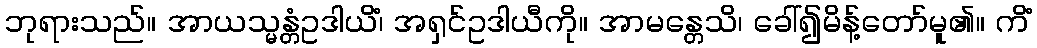
ဘုရားသည်။ အာယသ္မန္တံဥဒါယိံ၊ အရှင်ဥဒါယီကို။ အာမန္တေသိ၊ ခေါ်၍မိန့်တော်မူ၏။ ကိံ